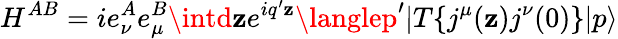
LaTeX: H^{AB}=ie_{\nu}^{A}e_{\mu}^{B}\intd\mathbf{z}e^{iq^{\prime}\mathbf{z}}\langlep^{\prime}|T\{ j^{\mu}(\mathbf{z})j^{\nu}(0)\} |p\rangle